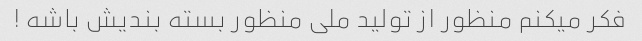
فکر میکنم منظور از تولید ملی منظور بسته بندیش باشه !